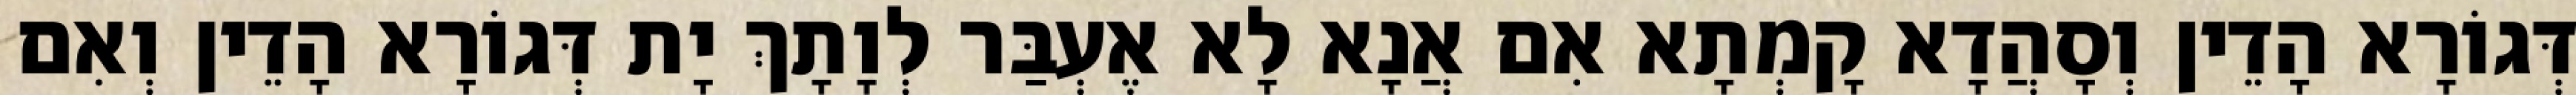
דְּגוֹרָא הָדֵין וְסָהֲדָא קָמְתָא אִם אֲנָא לָא אֶעְבַּר לְוָתָךְ יָת דְּגוֹרָא הָדֵין וְאִם